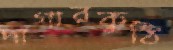
দাগারকুঠি